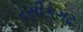
રસીકગઢ